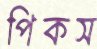
পিকস